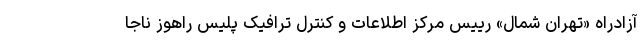
آزادراه «تهران شمال» رییس مرکز اطلاعات و کنترل ترافیک پلیس راهوز ناجا